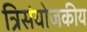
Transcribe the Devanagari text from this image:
त्रिसंयोजकीय